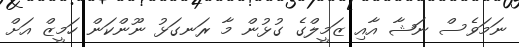
ނަމަވެސް ނަޝާ އާއި ޒަމީލްގެ ގުޅުން މާ ރަނގަޅު ނޫންކަން ހަމީޒް އަށް